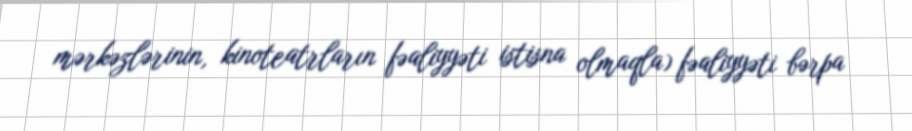
mərkəzlərinin, kinoteatrların fəaliyyəti istisna olmaqla) fəaliyyəti bərpa